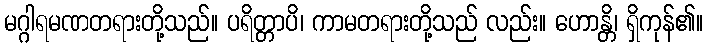
မဂ္ဂါရမဏတရားတို့သည်။ ပရိတ္တာပိ၊ ကာမတရားတို့သည် လည်း။ ဟောန္တိ၊ ရှိကုန်၏။